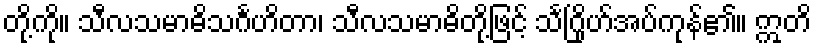
တို့ကို။ သီလသမာဓိသင်္ဂဟိတာ၊ သီလသမာဓိတို့ဖြင့် သင်္ဂြိုဟ်အပ်ကုန်၏။ ဣတိ